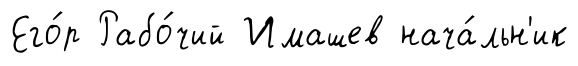
Его́р Рабо́чий Имашев нача́льн'ик